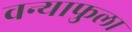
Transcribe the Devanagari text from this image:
वन्याफुला